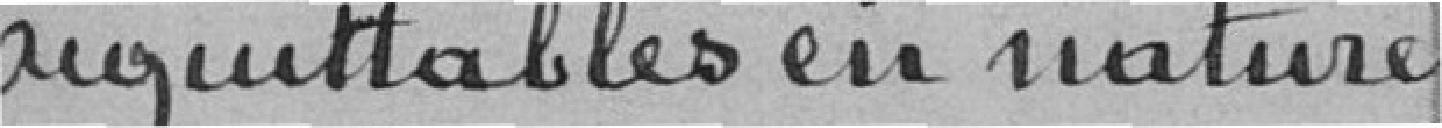
acquittables en nature